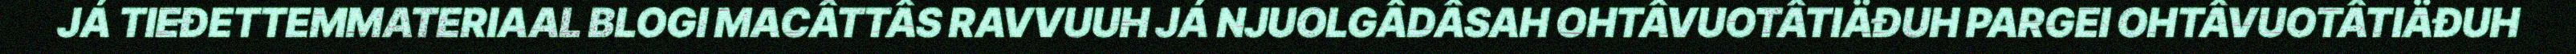
JÁ TIEĐETTEMMATERIAAL BLOGI MACÂTTÂS RAVVUUH JÁ NJUOLGÂDÂSAH OHTÂVUOTÂTIÄĐUH PARGEI OHTÂVUOTÂTIÄĐUH